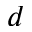
d